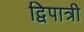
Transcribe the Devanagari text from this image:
द्विपात्री